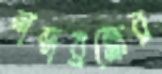
শব্দব্রহ্মের